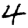
Digit: 4